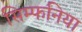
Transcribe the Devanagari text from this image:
सिम्फनिया